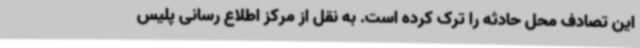
این تصادف محل حادثه را ترک کرده است. به نقل از مرکز اطلاع رسانی پلیس